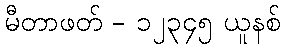
မီတာဖတ် - ၁၂၃၄၅ ယူနစ်